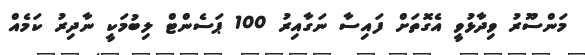
މަންސޫރު ވިދާޅުވީ އެގޮތަށް ފައިސާ ނަގާއިރު 100 ޕަސެންޓް ލިބުމަކީ ނާދިރު ކަމެއް